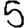
Digit: 5